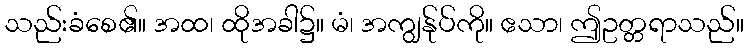
သည်းခံစေ၏။ အထ၊ ထိုအခါ၌။ မံ၊ အကျွန်ုပ်ကို။ ဧသာ၊ ဤဥတ္တရာသည်။